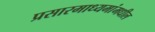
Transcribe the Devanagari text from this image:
प्रसारमाध्‍यमांमधील